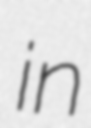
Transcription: in